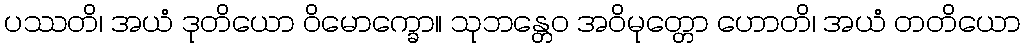
ပဿတိ၊ အယံ ဒုတိယော ဝိမောက္ခော။ သုဘန္တေဝ အဝိမုတ္တော ဟောတိ၊ အယံ တတိယော